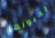
يحبونها